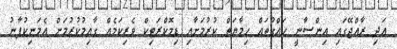
އަދި ރާއްޖޭގައި އިންސާނީ ހައްގުތައް ހިމާޔަތް ކުރުމަށާއި ޑިމޮކްރަޓިކް ވެރިކަމެއް ގާއިމުކުރުމަށް އެމަނިކުފާނު